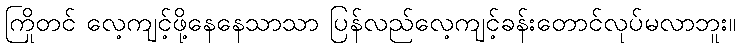
ကြိုတင် လေ့ကျင့်ဖို့နေနေသာသာ ပြန်လည်လေ့ကျင့်ခန်းတောင်လုပ်မလာဘူး။